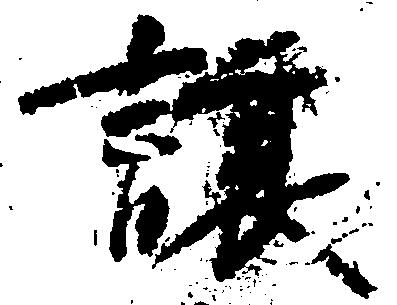
譲